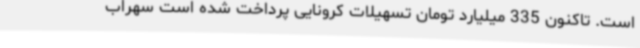
است. تاکنون 335 میلیارد تومان تسهیلات کرونایی پرداخت شده است سهراب